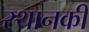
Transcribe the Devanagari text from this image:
स्‍थानकी